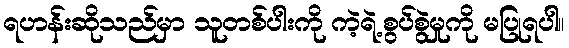
ရဟန်းဆိုသည်မှာ သူတစ်ပါးကို ကဲ့ရဲ့စွပ်စွဲမှုကို မပြုရပါ။